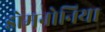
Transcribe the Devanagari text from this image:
डोमनोनिया